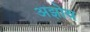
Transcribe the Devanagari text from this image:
अझोव